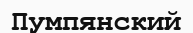
Пумпянский